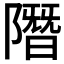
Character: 𨼐